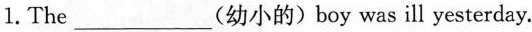
1. The_(幼小的)boy was ill yesterday.